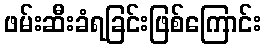
ဖမ်းဆီးခံရခြင်းဖြစ်ကြောင်း